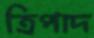
ত্রিপাদ